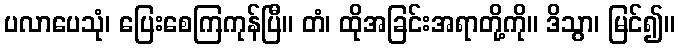
ပလာပေသုံ၊ ပြေးစေကြကုန်ပြီ။ တံ၊ ထိုအခြင်းအရာတို့ကို။ ဒိသွာ၊ မြင်၍။